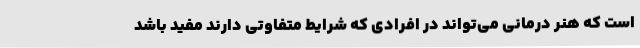
است که هنر درمانی می‌تواند در افرادی که شرایط متفاوتی دارند مفید باشد